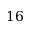
1 6